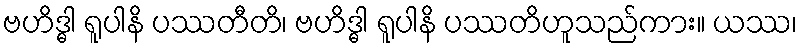
ဗဟိဒ္ဓါ ရူပါနိ ပဿတီတိ၊ ဗဟိဒ္ဓါ ရူပါနိ ပဿတိဟူသည်ကား။ ယဿ၊